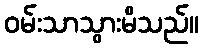
ဝမ်းသာသွားမိသည်။